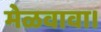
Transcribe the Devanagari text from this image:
मेळवावा।